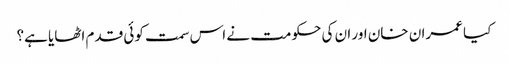
کیا عمران خان اور ان کی حکومت نے اس سمت کوئی قدم اٹھایا ہے؟